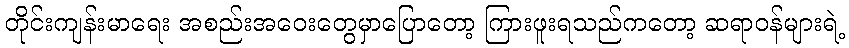
တိုင်းကျန်းမာရေး အစည်းအဝေးတွေမှာပြောတော့ ကြားဖူးရသည်ကတော့ ဆရာဝန်များရဲ့